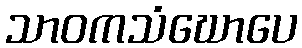
သာဝကသံဃောပေ